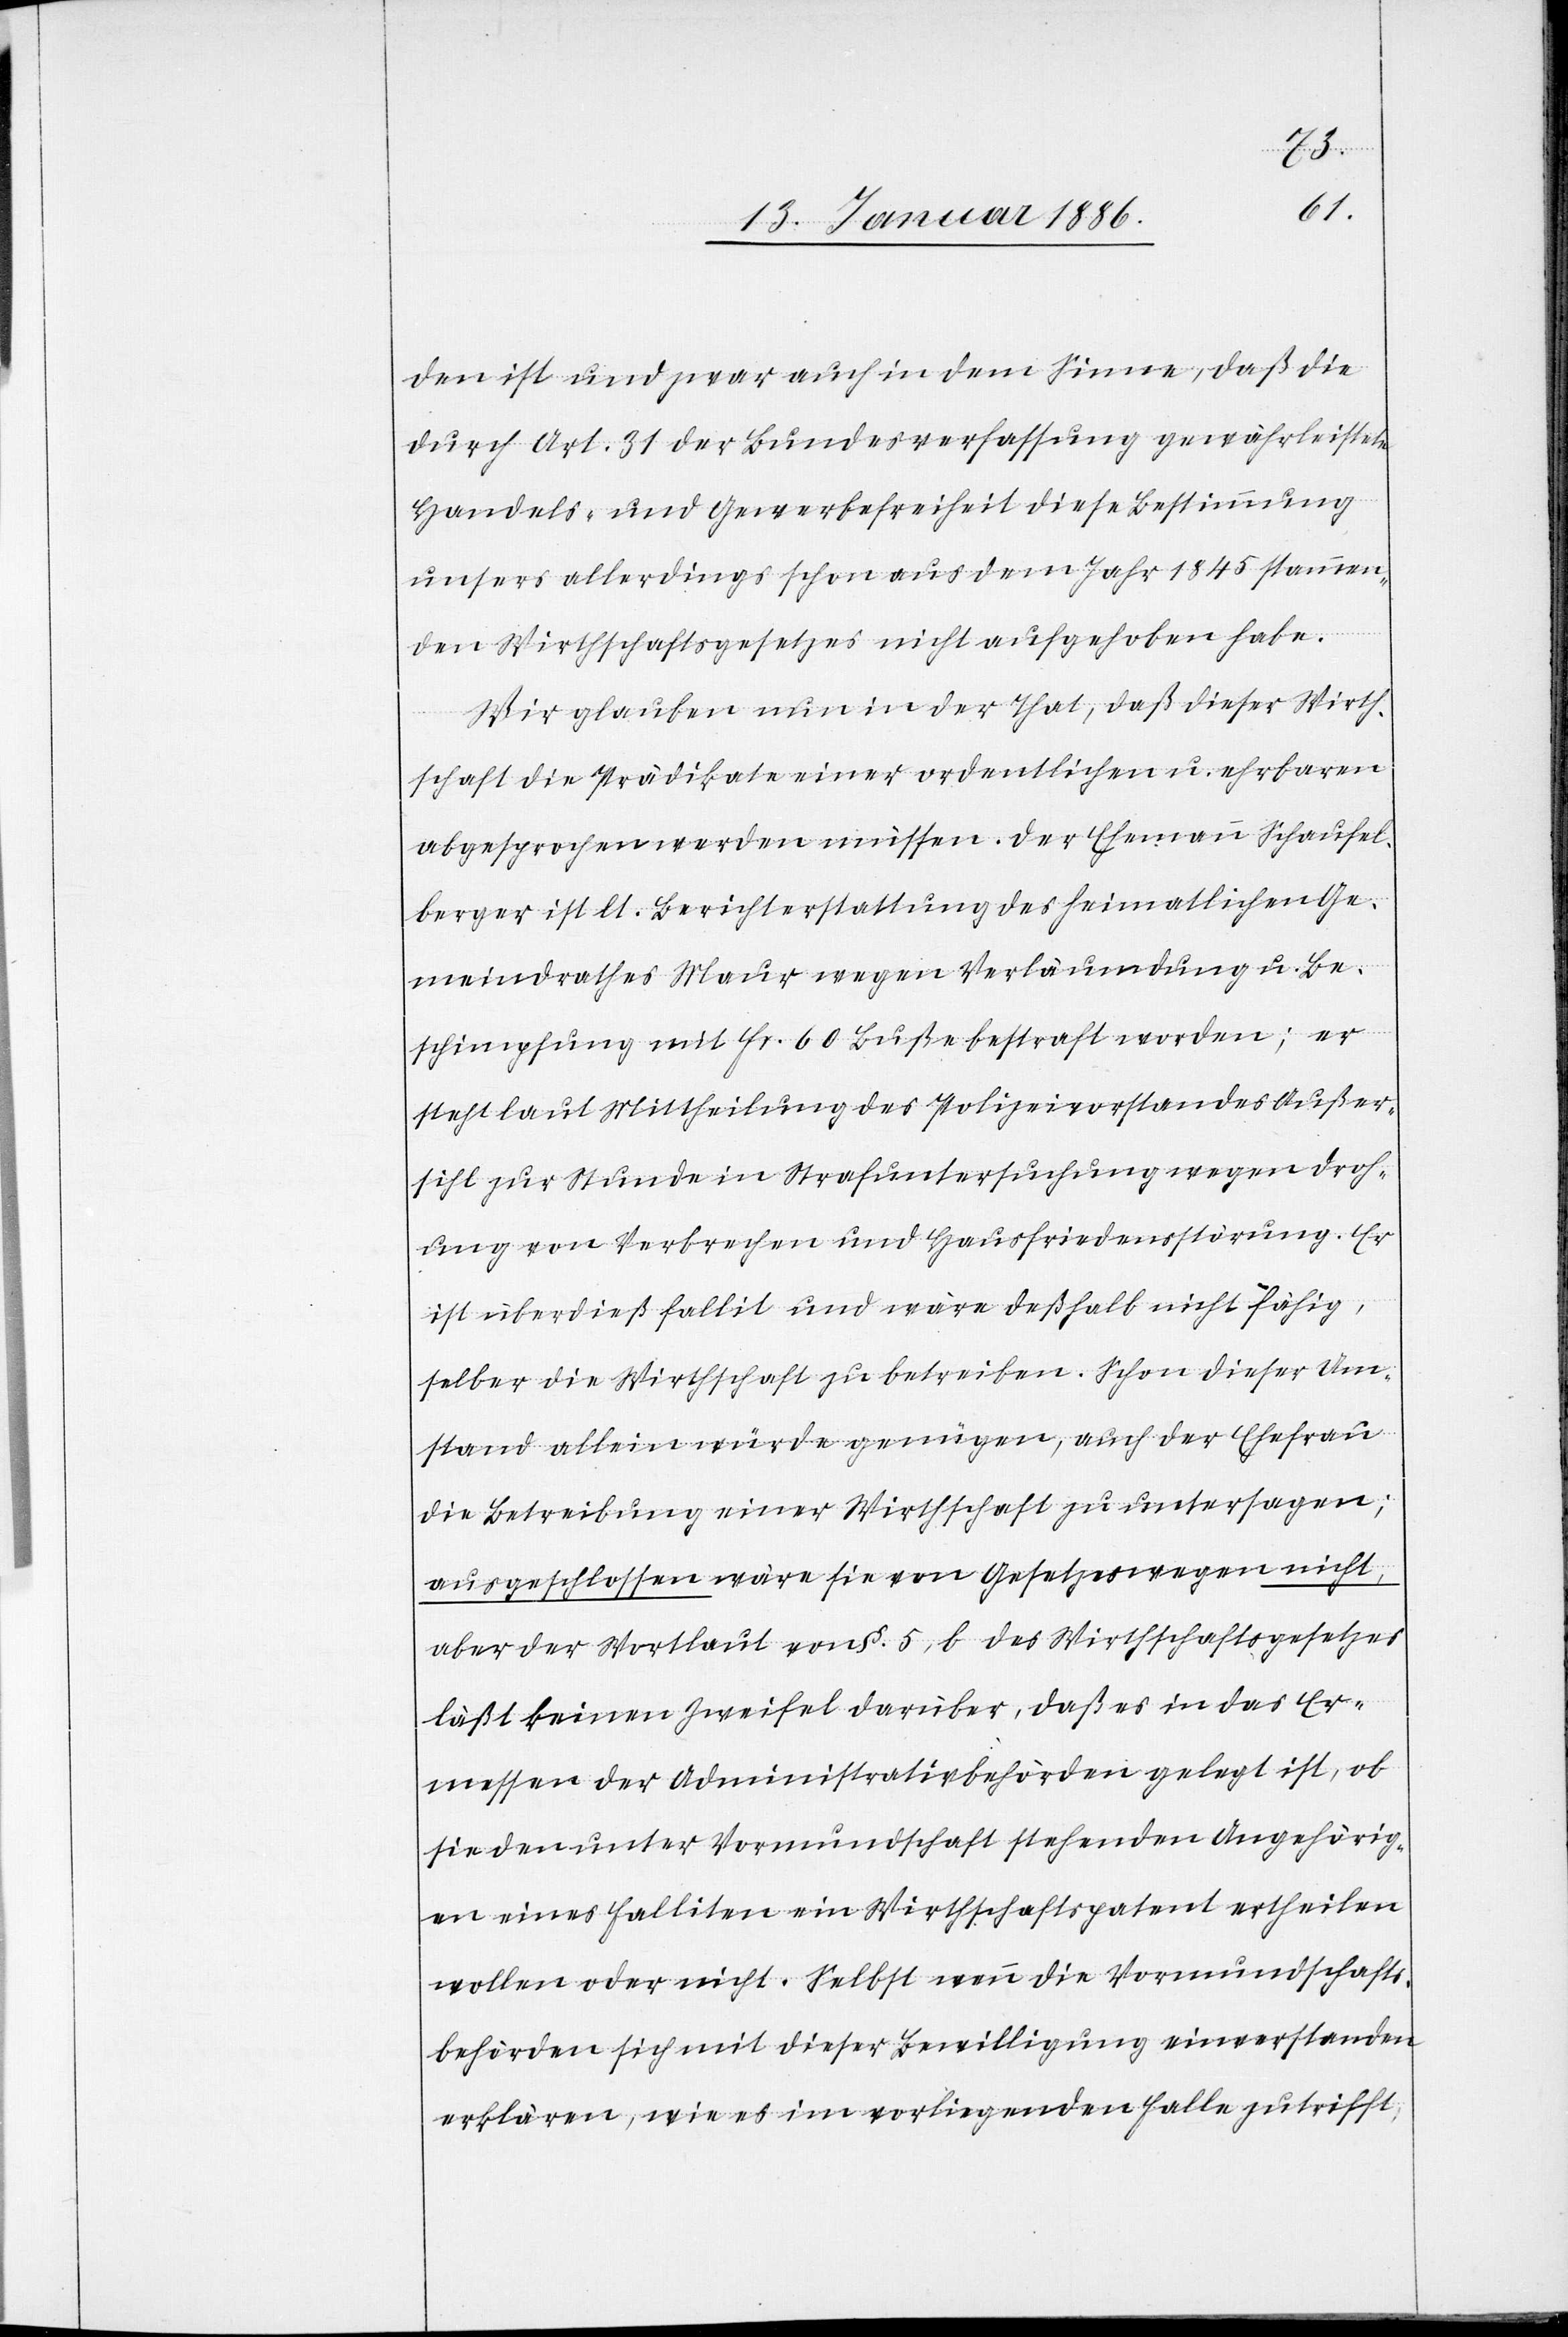
den ist und zwar auch in dem Sinne, daß die
durch Art. 31 der Bundesverfassung gewährleistete
Handels- und Gewerbefreiheit diese Bestimmung
unseres allerdings schon aus dem Jahr 1845 stammen¬
den Wirthschaftsgesetzes nicht aufgehoben habe.
Wir glauben nun in der That, daß dieser Wirth¬
schaft die Prädikate einer ordentlichen u. ehrbaren
abgesprochen werden müssen. Der Ehemann Schaufel¬
berger ist lt. Berichterstattung des heimatlichen Ge¬
meindrathes Maur wegen Verleumdung u. Be¬
schimpfung mit Fr. 60 Buße bestraft worden; er
steht laut Mittheilung des Polizeivorstandes Außer¬
sihl zur Stunde in Strafuntersuchung wegen Droh¬
ung von Verbrechen und Hausfriedensstörung. Er
ist überdieß fallit und wäre deßhalb nicht fähig,
selber die Wirthschaft zu betreiben. Schon dieser Um¬
stand allein würde genügen, auch der Ehefrau
die Betreibung einer Wirthschaft zu untersagen;
ausgeschlossen wäre sie von Gesetzeswegen nicht,
aber der Wortlaut von §. 5, b des Wirthschaftsgesetzes
läßt keinen Zweifel darüber, daß es in das Er¬
messen der Administrativbehörden gelegt ist, ob
sie den unter Vormundschaft stehenden Angehörig¬
en eines Falliten ein Wirtschaftspatent ertheilen
wollen oder nicht. Selbst wenn die Vormundschafts¬
behörden sich mit dieser Bewilligung einverstanden
erklären, wie es im vorliegenden Falle zutrifft,